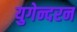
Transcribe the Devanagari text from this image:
युगेन्दरन